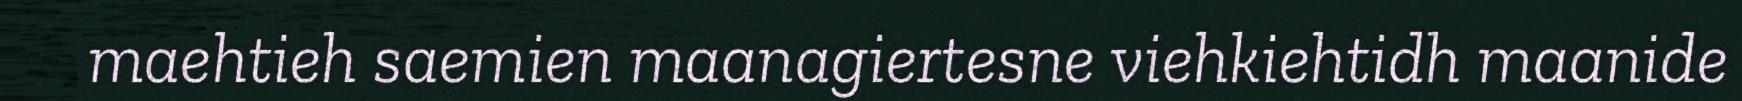
maehtieh saemien maanagiertesne viehkiehtidh maanide